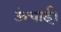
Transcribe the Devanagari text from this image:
ऊंचाई।